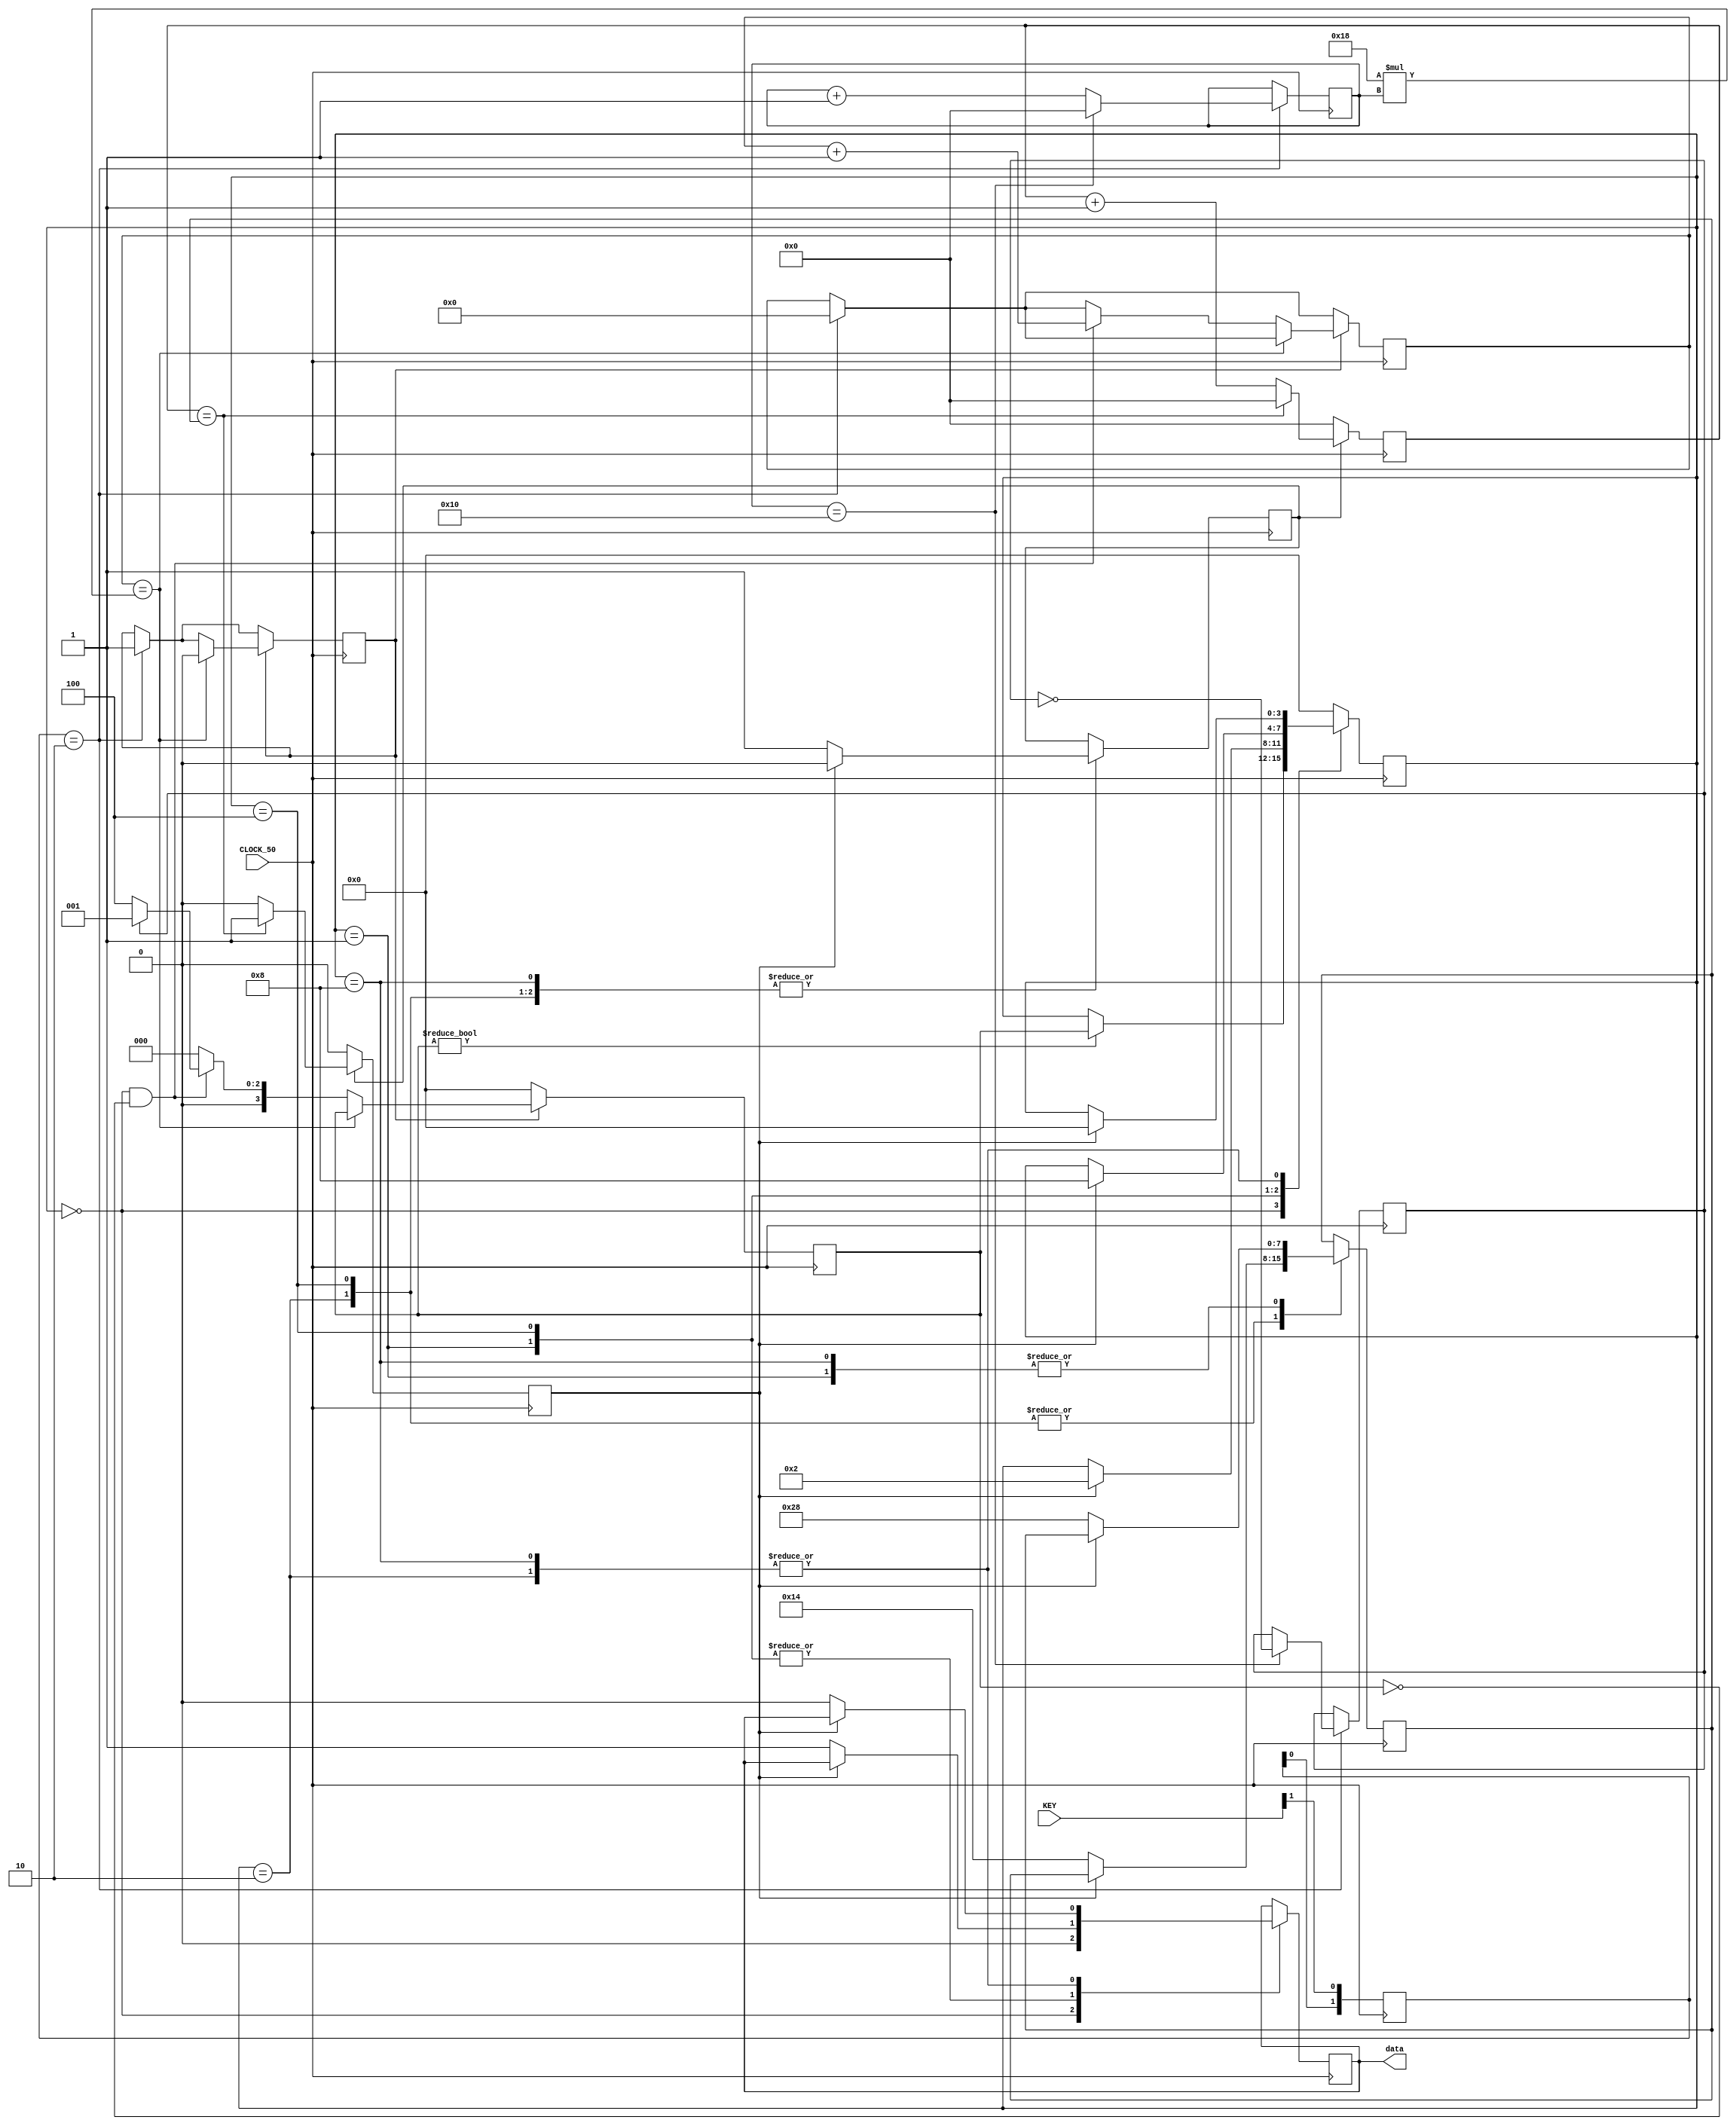
module neopixels(
    input         CLOCK_50,
    input  [1:0]  KEY,
    output        data
);
    reg r_data;
    reg [3:0] state_reg;
    reg [3:0] state_set = 4'b0;
    reg [7:0] timer_0 = 7'b0;
    reg [7:0] timer_0_compare = 7'd40; 
    reg timer_0_run = 1'b0;
    reg timer_0_match = 1'b0;
    reg [32:0] counter = 32'b0;
    reg lighting = 1'b0;
    reg [7:0] press_count = 8'b0;
    reg [1:0] key_edge_detect = 2'b00;
    reg on = 1'b1;
    assign data = r_data;
    always @(posedge CLOCK_50) begin
        if (key_edge_detect == 2'b10) begin 
            lighting <= 1'b1;
            counter <= 1'b0;
            press_count <= press_count + 1'b1;
            if (press_count == 16) begin
                press_count <= 1'b0;
                on <= !on;
            end
        end 
        if (lighting) begin
            if (counter == (32'd24 * press_count)) begin
                lighting <= 1'b0;
            end else begin
                if (state_reg == 4'b0 && state_set == 4'b0) begin
                    counter <= counter + 1'b1;
                    if (on) begin
                        state_set <= 4'b0001;
                    end else begin
                        state_set <= 4'b0100;
                    end
                end else begin
                    state_set <= 4'b0;
                end
            end
        end else begin
            state_set <= 4'b0;
        end
    end
    always @(posedge CLOCK_50) begin
        key_edge_detect <= {key_edge_detect[0], KEY[1]};
    end 
    always @(posedge CLOCK_50) begin
        if (timer_0_run) begin
            if (timer_0 == timer_0_compare) begin
                timer_0 <= 1'b0;
                timer_0_match <= 1'b1;
            end else begin
                timer_0 <= timer_0 + 1'b1;
                timer_0_match <= 1'b0;
            end
        end else begin
            timer_0 <= 1'b0;
            timer_0_match <= 1'b0;
        end
    end
    always @(posedge CLOCK_50) begin
        case (state_reg)
            4'b0000: 
                begin
                    if (state_set != 4'b0) begin
                        state_reg <= state_set;
                    end
                    r_data <= 1'b0;
                end
            4'b0001: 
                begin
                    if (timer_0_match) begin
                        timer_0_run <= 1'b0;
                        state_reg <= 4'b0010;
                    end else begin
                        r_data <= 1'b1;
                        timer_0_compare <= 7'd40; 
                        timer_0_run <= 1'b1;
                    end
                end
            4'b0010: 
                begin
                    if (timer_0_match) begin
                        timer_0_run <= 1'b0;
                        state_reg <= 4'b0;
                    end else begin
                        r_data <= 1'b0;
                        timer_0_compare <= 7'd20; 
                        timer_0_run <= 1'b1;
                    end
                end
            4'b0100: 
                begin
                    if (timer_0_match) begin
                        timer_0_run <= 1'b0;
                        state_reg <= 4'b1000;
                    end else begin
                        r_data <= 1'b1;
                        timer_0_compare <= 7'd20; 
                        timer_0_run <= 1'b1;
                    end
                end
            4'b1000: 
                begin
                    if (timer_0_match) begin
                        timer_0_run <= 1'b0;
                        state_reg <= 4'b0;
                    end else begin
                        r_data <= 1'b0;
                        timer_0_compare <= 7'd40; 
                        timer_0_run <= 1'b1;
                    end
                end
            default: 
                begin
                    state_reg <= 4'b0;
                end
        endcase
    end
endmodule